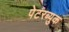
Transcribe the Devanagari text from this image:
पेटरब्युक